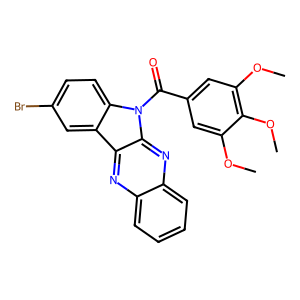
SMILES: COc1cc(C(=O)n2c3ccc(Br)cc3c3nc4ccccc4nc32)cc(OC)c1OC
Inhibits HIV replication: No